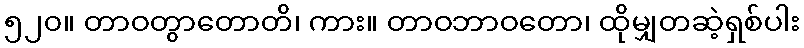
၅၂၀။ တာဝတွာတောတိ၊ ကား။ တာဝဘာဝတော၊ ထိုမျှတဆဲ့ရှစ်ပါး